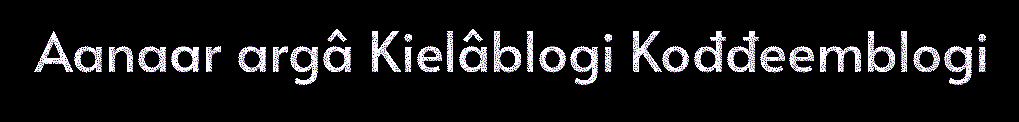
Aanaar argâ Kielâblogi Kođđeemblogi